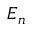
E _ { n }